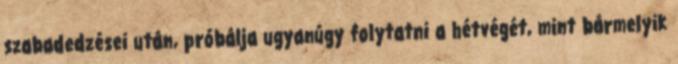
szabadedzései után, próbálja ugyanúgy folytatni a hétvégét, mint bármelyik